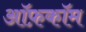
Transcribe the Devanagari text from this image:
ऑफ़कॉम